Sanitation, dispensaries and jails vaccination Rajputana 1922-1927 - 1922-1927
Year: 1922
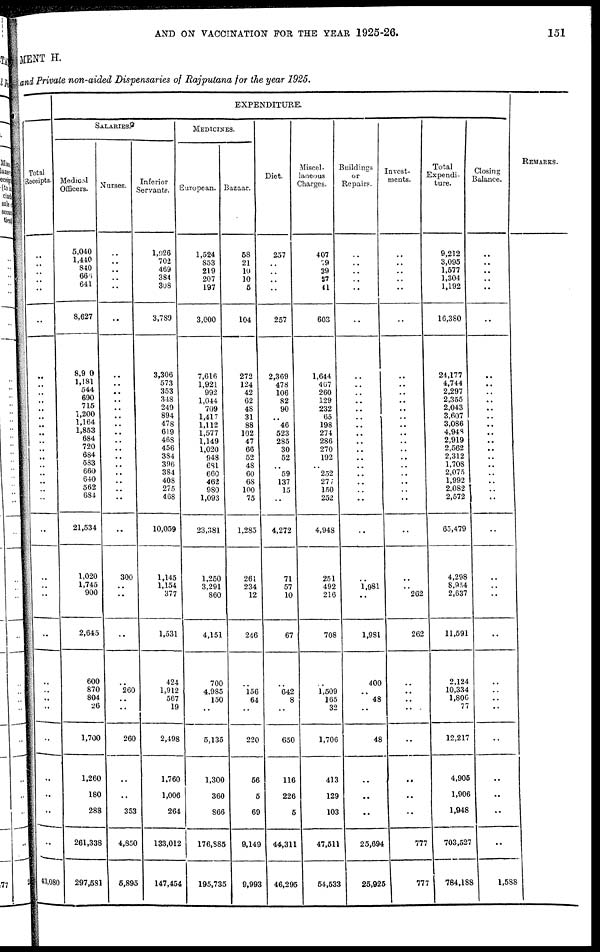
AND ON VACCINATION FOR THE YEAR 1925-26.
151
MENT H.
and Private non-aided Dispensaries of Rajputana for the year 1925.
Total
Receipts.
..
..
..
..
..
..
..
..
..
..
..
..
..
..
..
..
..
..
..
..
..
..
..
..
..
..
..
..
..
..
..
..
..
..
..
..
43,080
EXPENDITURE.
SALARIES.
Medical
Officers.
5,040
1,440
840
666
641
8,627
8,900
1,181
544
690
715
1,200
1,164
1,853
684
720
684
583
660
640
562
684
21,534
1,020
1,745
900
2,645
600
870
804
26
1,700
1,260
180
288
261,338
297,581
Nurses.
..
..
..
..
..
..
..
..
..
..
..
..
..
..
..
..
..
.. ..
..
..
..
..
300
..
..
..
..
260
..
..
260
..
..
353
4,850
5,895
Inferior
Servants.
1,926
702
469
384
308
3,789
3,306
573
353
348
249
894
478
619
468
456
384
396
384
408
275
468
10,059
1,145
1,154
377
1,531
424
1,912
567
19
2,498
1,760
1,006
264
133,012
147,454
MEDICINES.
European.
1,524
853
219
207
197
3,000
7,616
1,921
992
1,044
709
1,417
1,112
1,577
1,149
1,020
948
681
660
462
980
1,093
23,381
1,250
3,291
860
4,151
700
4,985
150
..
5,135
1,300
360
866
176,885
195,735
Bazaar.
58
21
10
10
5
104
272
124
42
62
48
31
88
102
47
66
52
48
60
68
100
75
1,285
261
234
12
246
..
156
64
..
220
56
5
69
9,149
9,993
Diet.
257
..
..
..
..
257
2,369
478
106
82
90
..
46
523
285
30
52
.. 59
137
15
..
4,272
71
57
10
67
..
642
8
..
650
116
226
5
44,311
46,295
Miscel-
laneous
Charges.
407
79
39
37
41
603
1,644
467
260
129
232
65
198
274
286
270
192
..
252
277
150
252
4,948
251
492
216
708
..
1,509
165
32
1,706
413
129
103
47,511
54,533
Buildings
or
Repairs.
..
..
..
..
..
..
..
..
..
..
..
..
..
..
..
..
..
..
..
..
..
..
..
..
1,981
..
1,981
400
..
48
..
48
..
..
..
25,694
25,925
Invest-
ments.
..
..
..
..
..
..
..
..
..
..
..
..
..
..
..
..
..
..
..
..
..
..
..
..
..
262
262
..
..
..
..
..
..
..
..
777
777
Total
Expendi-
ture.
9,212
3,095
1,577
1,304
1,192
16,380
24,177
4,744
2,297
2,355
2,043
3,607
3,086
4,948
2,919
2,562
2,312
1,708
2,075
1,992
2,082
2,572
65,479
4,298
8,954
2,637
11,591
2,124
10,334
1,806
77
12,217
4,905
1,906
1,948
703,527
784,188
Closing
Balance.
..
..
..
..
..
..
..
..
..
..
..
..
..
..
..
..
..
..
..
..
..
..
..
..
..
..
..
..
..
..
..
..
..
..
..
..
1,588
REMARKS.